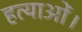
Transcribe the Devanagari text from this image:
हत्याओं।